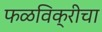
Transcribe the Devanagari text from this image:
फळविक्रीचा